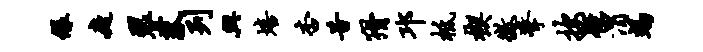
绿庭裂菰列兴培杏昔猾邛柢楔征擎按碍渭竭